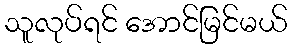
သူလုပ်ရင် အောင်မြင်မယ်